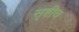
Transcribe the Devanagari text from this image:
सृष्टीच